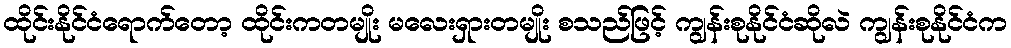
ထိုင်းနိုင်ငံရောက်တော့ ထိုင်းကတမျိုး မလေးရှားတမျိုး စသည်ဖြင့် ကျွန်းစုနိုင်ငံဆိုလဲ ကျွန်းစုနိုင်ငံက